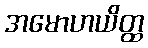
အမောဟယိတ္ထ